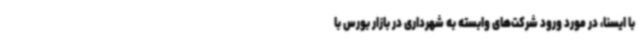
با ایسنا، در مورد ورود شرکت‌های وابسته به شهرداری در بازار بورس با